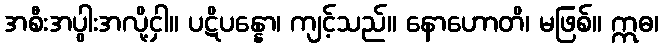
အစီးအပွါးအလို့ငှါ။ ပဋိပန္နော၊ ကျင့်သည်။ နောဟောတိ၊ မဖြစ်။ ဣဓ၊